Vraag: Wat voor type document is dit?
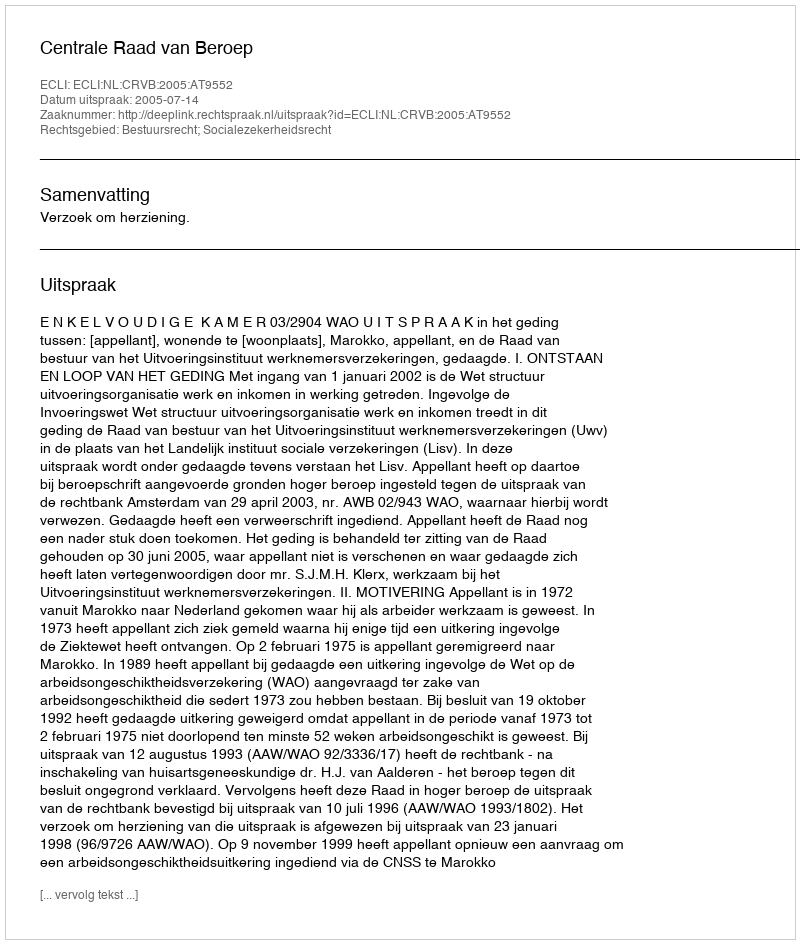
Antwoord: Uitspraak